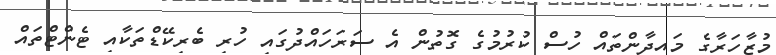
މުޒާހަރާގެ މައިދާންތައް ހުސް ކުރުމުގެ ގޮތުން އެ ސަރަހައްދުގައި ހުރި ބެރިކޭޑްތަކާއި ޓެންޓްތައް